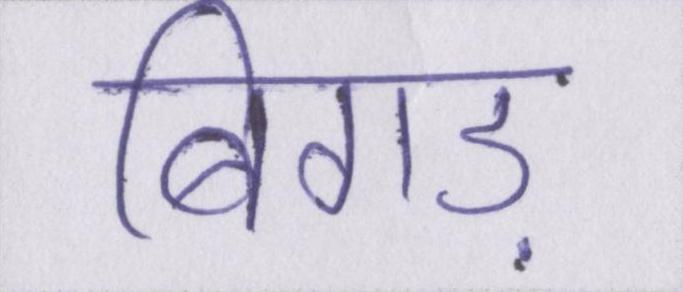
बिगड़